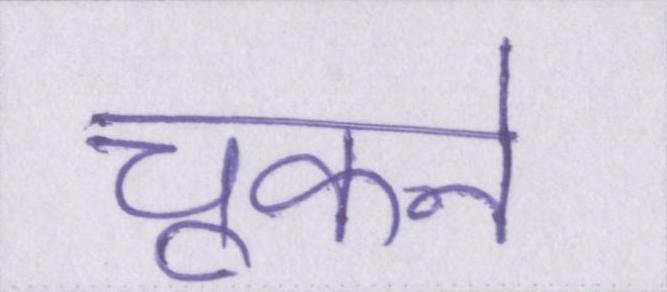
चूकने